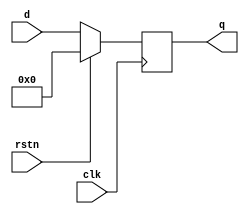

module std_dffr
#(
    parameter WIDTH = 8
)
(
    input                       clk,
    input                       rstn,
    input       [WIDTH-1:0]     d,
    output      [WIDTH-1:0]     q
);

reg    [WIDTH-1:0] dff_q;

always @(posedge clk) begin
    if(rstn)begin
        dff_q <= {WIDTH{1'b0}};
    end
    else begin
        dff_q <= d;
    end
end

assign  q = dff_q;
endmodule